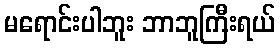
မရောင်းပါဘူး ဘာဘူကြီးရယ်